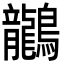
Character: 𪈗